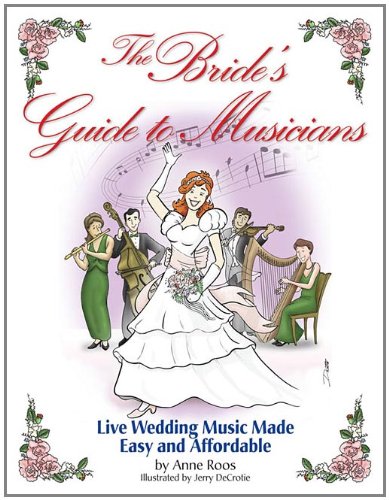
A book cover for The Bride's Guide to Musicians: Live Wedding Music Made Easy and Affordable; Anne Roos; Crafts, Hobbies & Home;